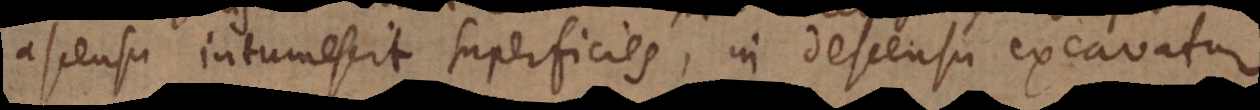
ascensu intumescit superficies, in descensu excavatur